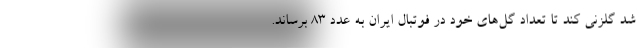
شد گلزنی کند تا تعداد گل‌های خود در فوتبال ایران به عدد ۸۳ برساند.